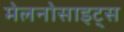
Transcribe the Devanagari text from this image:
मेलनोसाइट्स